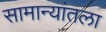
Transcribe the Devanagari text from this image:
सामान्यांतला